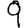
Digit: 9